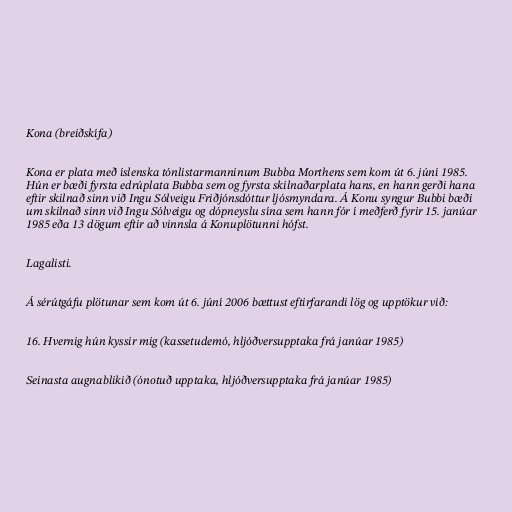
Kona (breiðskífa)

Kona er plata með íslenska tónlistarmanninum Bubba Morthens sem kom út 6. júní 1985.
Hún er bæði fyrsta edrúplata Bubba sem og fyrsta skilnaðarplata hans, en hann gerði hana
eftir skilnað sinn við Ingu Sólveigu Friðjónsdóttur ljósmyndara. Á Konu syngur Bubbi bæði
um skilnað sinn við Ingu Sólveigu og dópneyslu sína sem hann fór í meðferð fyrir 15. janúar
1985 eða 13 dögum eftir að vinnsla á Konuplötunni hófst.

Lagalisti.

Á sérútgáfu plötunar sem kom út 6. júní 2006 bættust eftirfarandi lög og upptökur við:

16. Hvernig hún kyssir mig (kassetudemó, hljóðversupptaka frá janúar 1985)

Seinasta augnablikið (ónotuð upptaka, hljóðversupptaka frá janúar 1985)